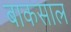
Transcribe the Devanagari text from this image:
बाकसाल